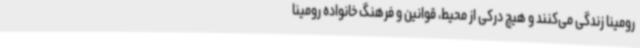
رومینا زندگی می‌کنند و هیچ درکی از محیط، قوانین و فرهنگ خانواده رومینا